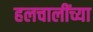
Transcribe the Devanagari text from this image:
हलचालींच्या